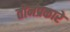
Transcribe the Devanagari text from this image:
तीनप्रकारे